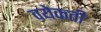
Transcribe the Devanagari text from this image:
वयेकती